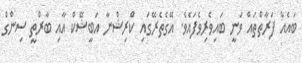
ބައެއް ފަރާތްތައް ވަނީ ބައިވެރިވެފައެވެ. އޭގެތެރޭގައި ކްރިޝްނާ އަބީޝޭކް އާއި ބާރްތީ ސިންގް